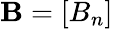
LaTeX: \mathbf{B}=[B_{n}]